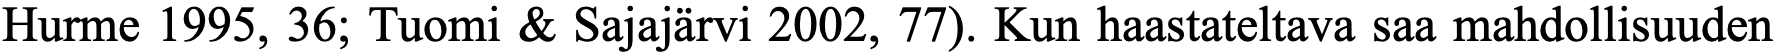
Hurme 1995, 36; Tuomi & Sajajärvi 2002, 77). Kun haastateltava saa mahdollisuuden